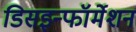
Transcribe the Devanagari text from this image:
डिसइन्फॉर्मेशन